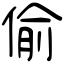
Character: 偷